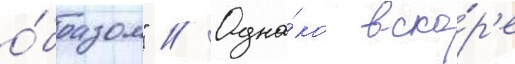
о́бразом" // Одна́ко вско́р'е